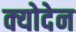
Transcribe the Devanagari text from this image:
क्योदेन